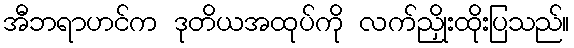
အီဘရာဟင်က ဒုတိယအထုပ်ကို လက်ညှိုးထိုးပြသည်။